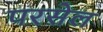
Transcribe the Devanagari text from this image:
परसेल